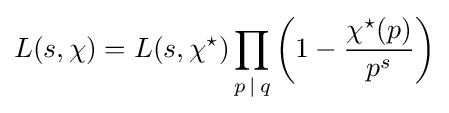
L(s,\chi )=L(s,\chi ^{\star })\prod _{p\,|\,q}\left(1-{\frac {\chi ^{\star }(p)}{p^{s}}}\right)